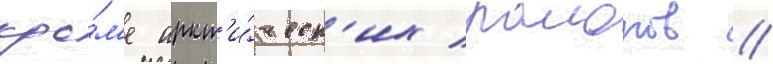
кро́м'е аркт'и́ческ'их раионов //